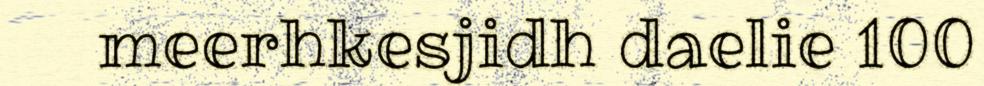
meerhkesjidh daelie 100